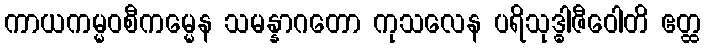
ကာယကမ္မဝစီကမ္မေန သမန္နာဂတော ကုသလေန ပရိသုဒ္ဓါဇီဝေါတိ ဧတ္ထ